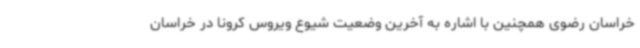
خراسان رضوی همچنین با اشاره به آخرین وضعیت شیوع ویروس کرونا در خراسان